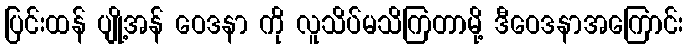
ပြင်းထန် ပျို့အန် ဝေဒနာ ကို လူသိပ်မသိကြတာမို့ ဒီဝေဒနာအကြောင်း